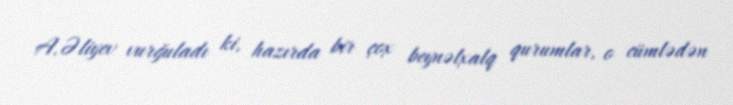
A.Əliyev vurğuladı ki, hazırda bir çox beynəlxalq qurumlar, o cümlədən